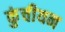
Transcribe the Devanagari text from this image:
कुंचीयन